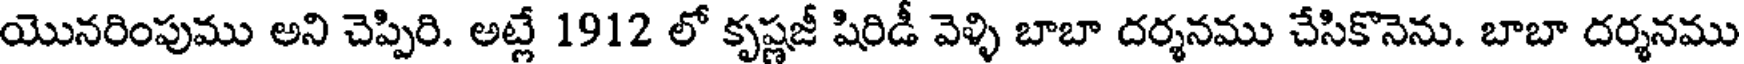
యొనరింపుము అని చెప్పిరి. అట్లే 1912 లో కృష్ణజీ షిరిడీ వెళ్ళి బాబా దర్శనము చేసికొనెను. బాబా దర్శనము